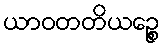
ယာဝတတိယဉ္စေ